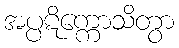
အပ္ပဋိက္ကောသိတွာ